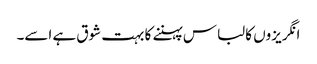
انگریزوں کا لباس پہننے کا بہت شوق ہے اسے۔